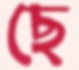
ছে